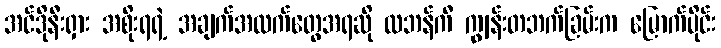
အင်ဒိုနီးရှား အစိုးရရဲ့ အချက်အလက်တွေအရဆို လဘန်ကီ ကျွန်းတဘက်ခြမ်းက မြောက်ပိုင်း